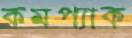
কমপ্যাক